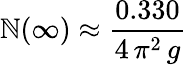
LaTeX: {\cal\mathbb{N}}(\infty)\approx{\frac{{0.330}}{{4\, \pi^{2}\, g}}}